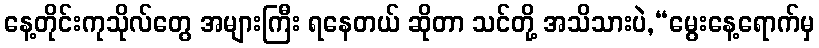
နေ့တိုင်းကုသိုလ်တွေ အများကြီး ရနေတယ် ဆိုတာ သင်တို့ အသိသားပဲ,“မွေးနေ့ရောက်မှ